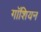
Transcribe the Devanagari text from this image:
गॉशियन